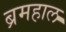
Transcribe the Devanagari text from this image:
ब्रमहाल